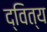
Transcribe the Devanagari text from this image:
द्वित्य